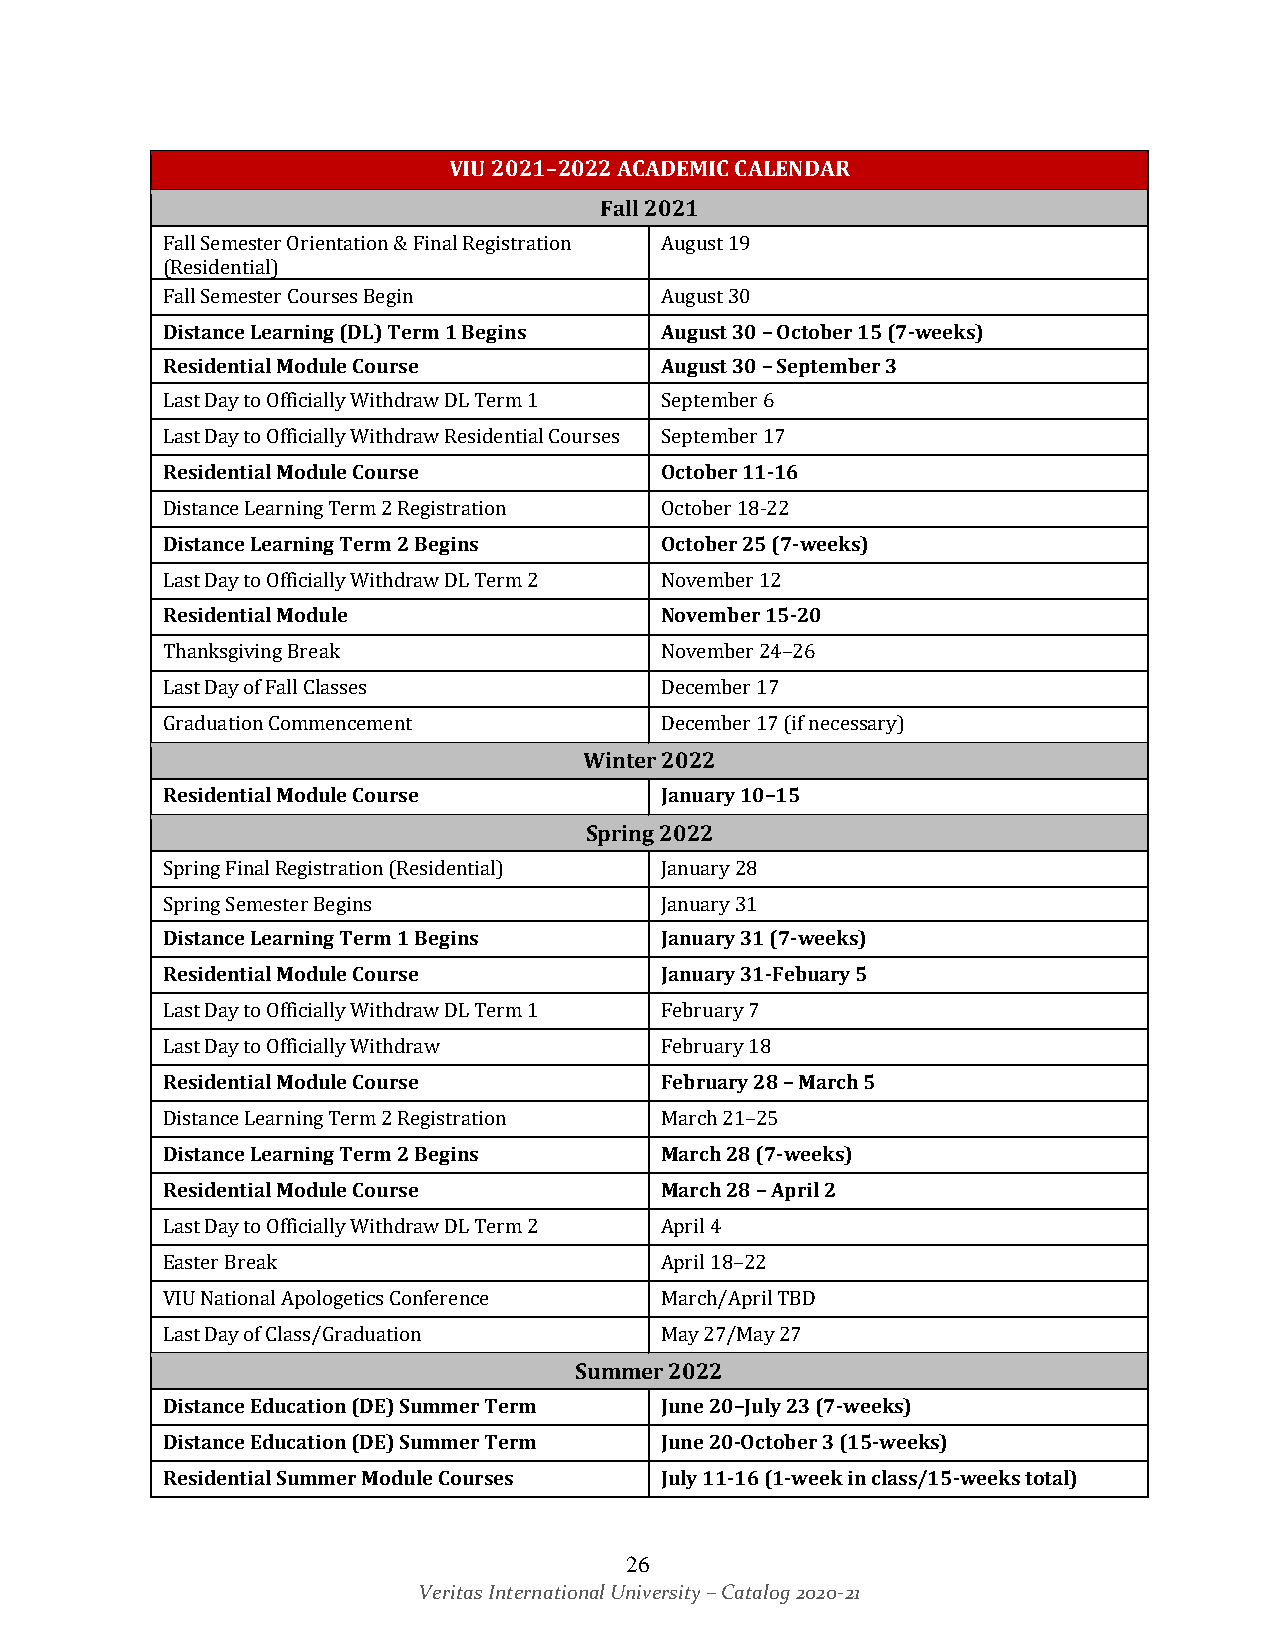
VIU 2021–2022 ACADEMIC CALENDAR
 Fall 2021
 Fall Semester Orientation & Final Registration August 19
 (Residential)
 Fall Semester Courses Begin      August 30
 Distance Learning (DL) Term 1 Begins August 30 – October 15 (7-weeks)
 Residential Module Course        August 30 – September 3
 Last Day to Officially Withdraw DL Term 1 September 6
 Last Day to Officially Withdraw Residential Courses September 17
 Residential Module Course        October 11-16
 Distance Learning Term 2 Registration October 18-22
 Distance Learning Term 2 Begins  October 25 (7-weeks)
 Last Day to Officially Withdraw DL Term 2 November 12
 Residential Module               November 15-20
 Thanksgiving Break               November 24–26
 Last Day of Fall Classes         December 17
 Graduation Commencement          December 17 (if necessary)
 Winter 2022
 Residential Module Course        January 10–15
 Spring 2022
 Spring Final Registration (Residential) January 28
 Spring Semester Begins           January 31
 Distance Learning Term 1 Begins  January 31 (7-weeks)
 Residential Module Course        January 31-Febuary 5
 Last Day to Officially Withdraw DL Term 1 February 7
 Last Day to Officially Withdraw  February 18
 Residential Module Course        February 28 – March 5
 Distance Learning Term 2 Registration March 21–25
 Distance Learning Term 2 Begins  March 28 (7-weeks)
 Residential Module Course        March 28 – April 2
 Last Day to Officially Withdraw DL Term 2 April 4
 Easter Break                     April 18–22
 VIU National Apologetics Conference March/April TBD
 Last Day of Class/Graduation     May 27/May 27
 Summer 2022
 Distance Education (DE) Summer Term June 20–July 23 (7-weeks)
 Distance Education (DE) Summer Term June 20-October 3 (15-weeks)
 Residential Summer Module Courses July 11-16 (1-week in class/15-weeks total)
 26
 Veritas International University – Catalog 2020-21